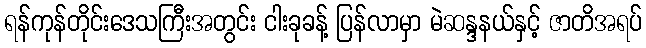
ရန်ကုန်တိုင်းဒေသကြီးအတွင်း ငါးခုခန့် ပြန်လာမှာ မဲဆန္ဒနယ်နှင့် ဇာတိအရပ်